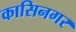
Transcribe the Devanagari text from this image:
कासिनगर